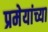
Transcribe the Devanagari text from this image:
प्रमेयांच्या